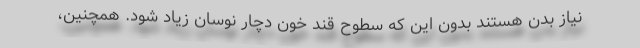
نیاز بدن هستند بدون این که سطوح قند خون دچار نوسان زیاد شود. همچنین،